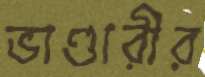
ভাণ্ডারীর